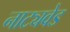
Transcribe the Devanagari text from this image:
नाट्यवेड